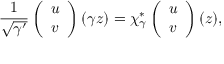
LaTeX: { \frac { 1 } { \sqrt { \gamma ^ { \prime } } } } \left( \begin{array} { c } { { u } } \\ { { v } } \end{array} \right) ( \gamma z ) = \chi _ { \gamma } ^ { * } \left( \begin{array} { c } { { u } } \\ { { v } } \end{array} \right) ( z ) ,